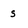
Character: S